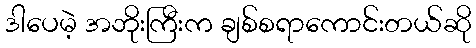
ဒါပေမဲ့ အဘိုးကြီးက ချစ်စရာကောင်းတယ်ဆို